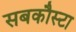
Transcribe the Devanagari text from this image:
सबकौस्टा